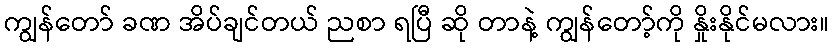
ကျွန်တော် ခဏ အိပ်ချင်တယ် ညစာ ရပြီ ဆို တာနဲ့ ကျွန်တော့်ကို နှိုးနိုင်မလား။